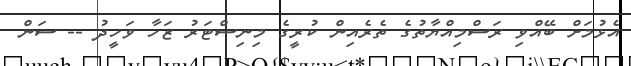
އެޅުމަށް ބޭއްވި ރަސްމިއްޔާތުގެ ތެރެއިން ކުރީގެ މިނިސްޓަރު ޒަހާ ވަހީދު -- ސަން